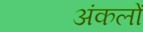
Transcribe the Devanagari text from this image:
अंकलों